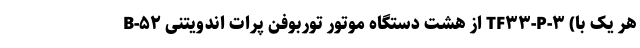
B-۵۲ از هشت دستگاه موتور توربوفن پرات اندویتنی TF۳۳-P-۳ (هر یک با